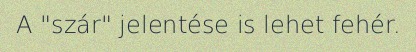
A "szár" jelentése is lehet fehér.